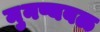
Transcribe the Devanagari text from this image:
मुनष्यबळ